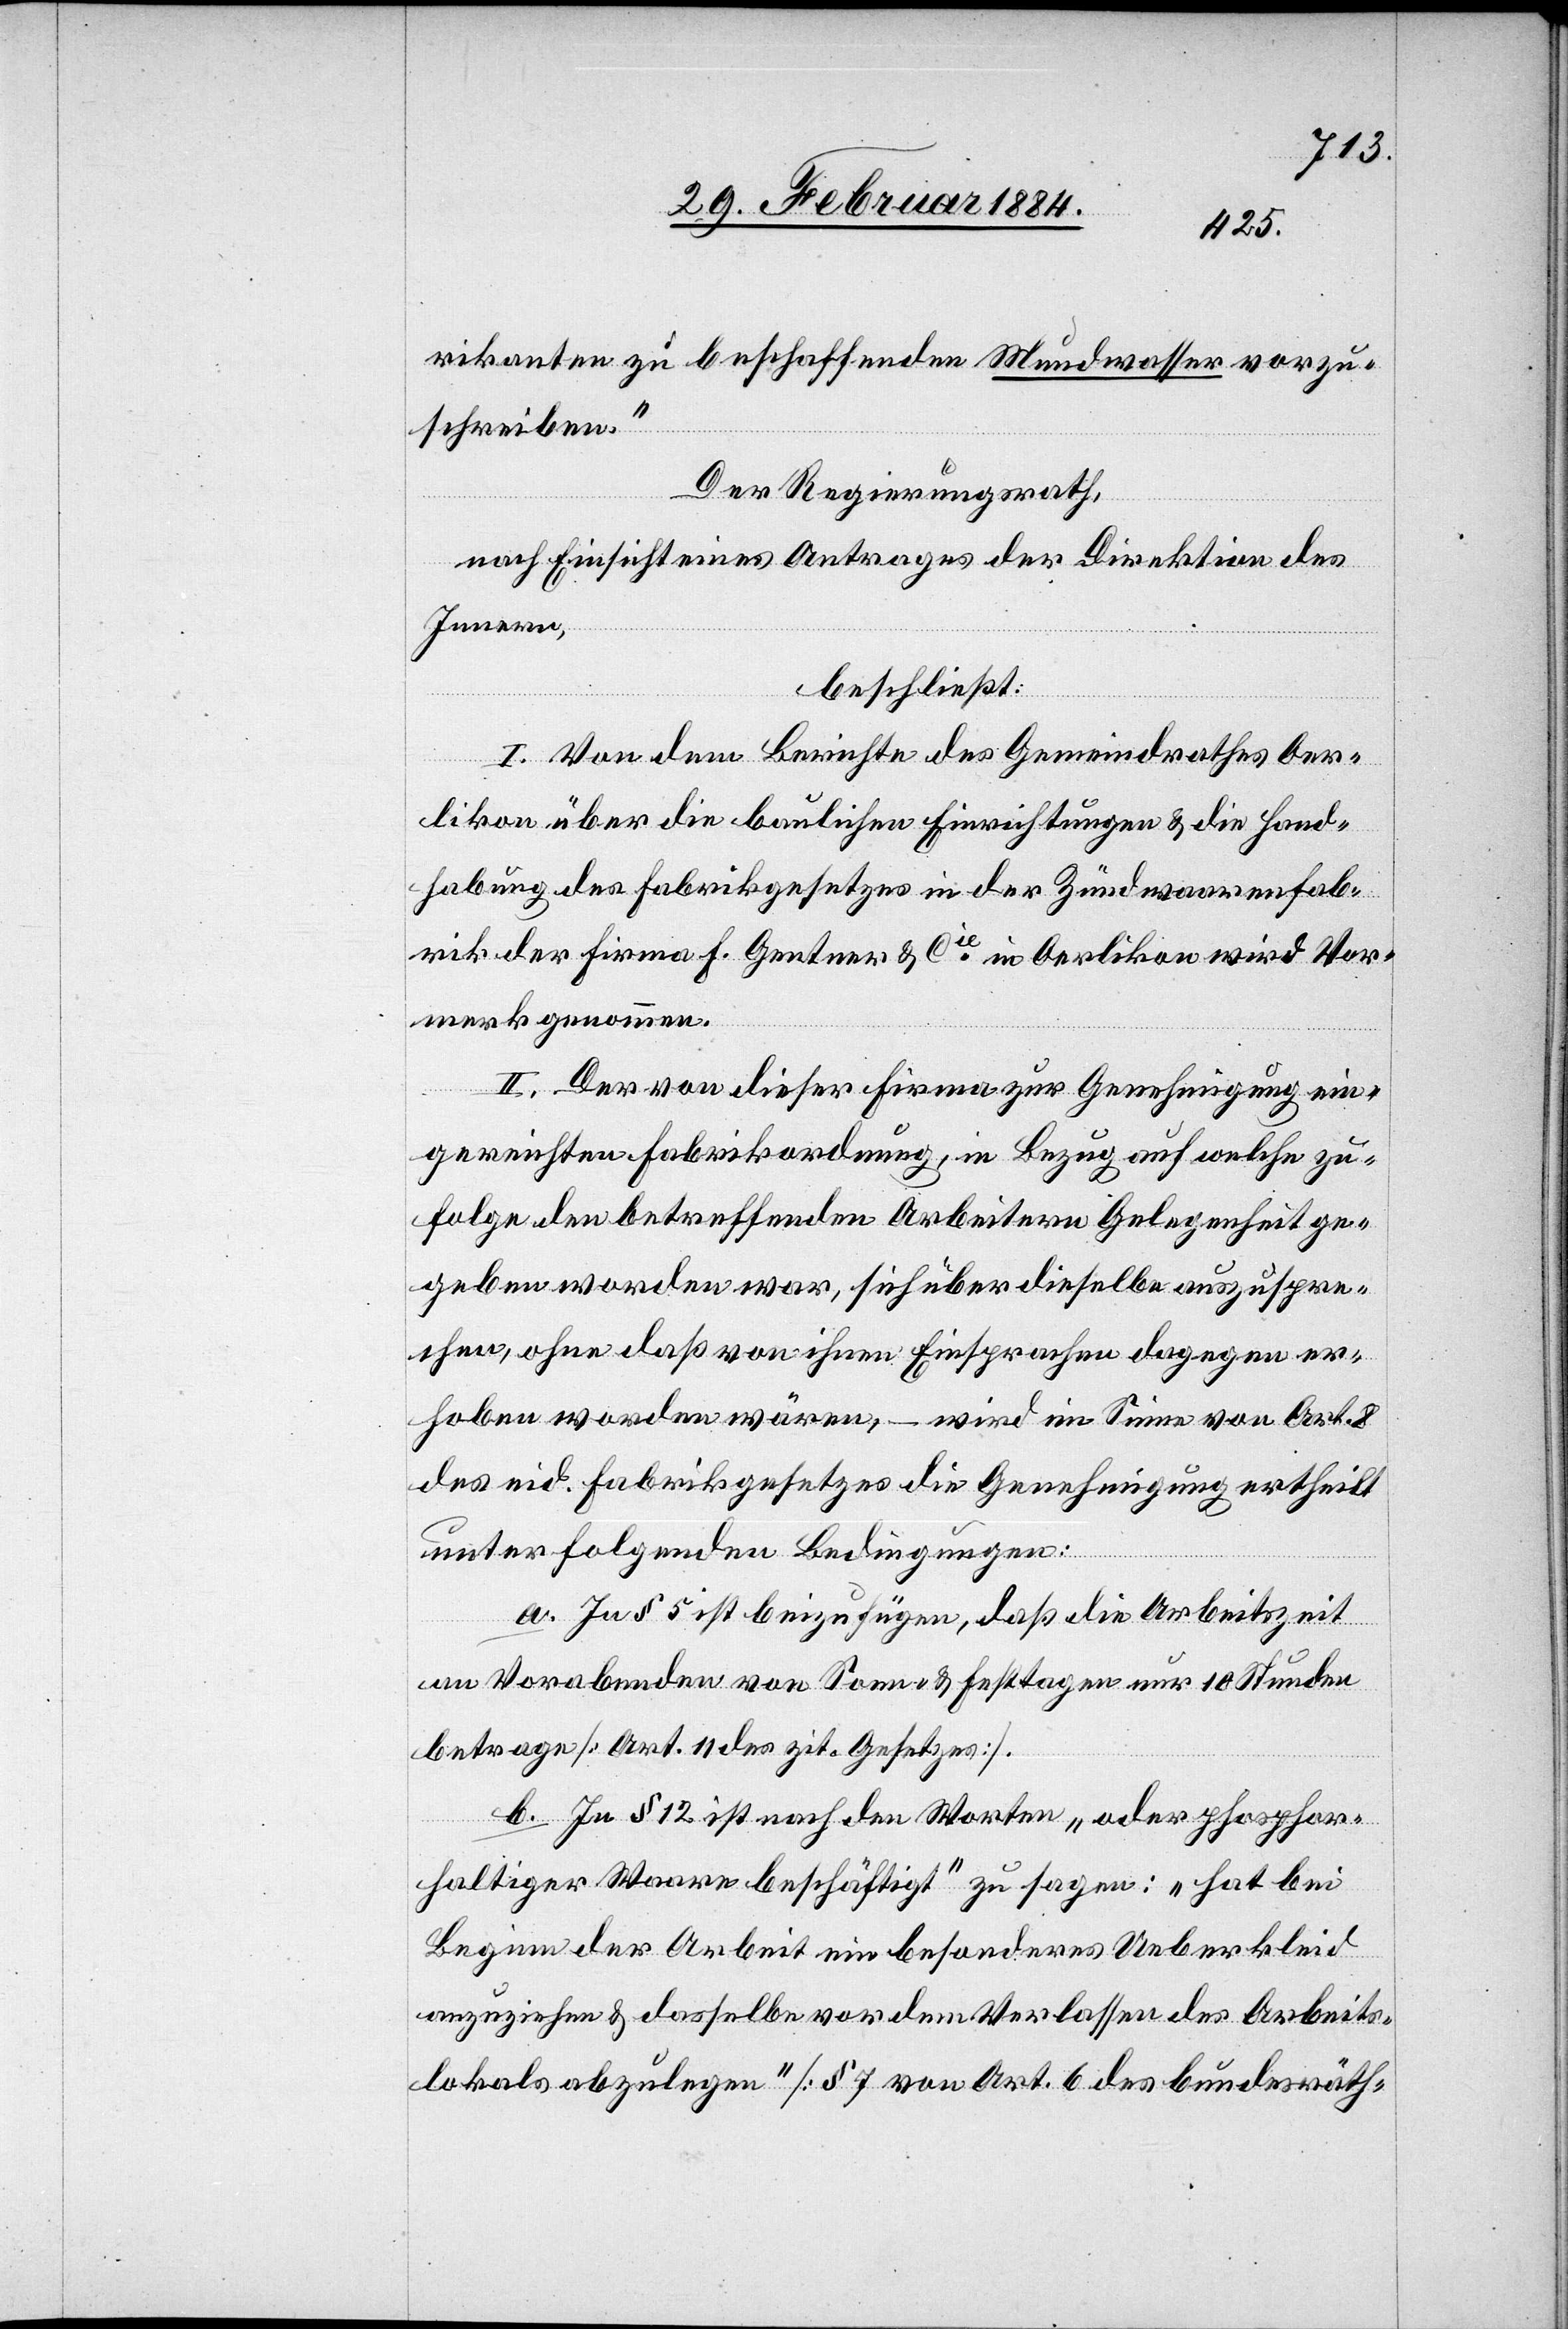
rikanten zu beschaffenden Mundwasser vorzu¬
schreiben.“
Der Regierungsrath,
nach Einsicht eines Antrages der Direktion des
Innern,
beschließt:
I. Von dem Berichte des Gemeindrathes Oer¬
likon über die baulichen Einrichtungen & die Hand¬
habung des Fabrikgesetzes in der Zündwaarenfab¬
rik der Firma F. Gentner & Cie in Oerlikon wird Vor¬
merk genommen.
II. Der von dieser Firma zur Genehmigung ein¬
gereichten Fabrikordnung, in Bezug auf welche zu¬
folge den betreffenden Arbeitern Gelegenheit ge¬
geben worden war, sich über dieselbe auszuspre¬
chen, ohne daß von ihnen Einsprachen dagegen er¬
hoben worden wären, – wird im Sinne von Art. 8
des eid. Fabrikgesetzes die Genehmigung ertheilt
unter folgenden Bedingungen:
a. In § 5 ist beizufügen, daß die Arbeitszeit
an Vorabenden vor Sonn- & Festtagen nur 10 Stunden
betrage [Art. 11 des zit. Gesetzes].
b. In § 12 ist nach den Worten „oder phosphor¬
haltiger Waaren beschäftigt“ zu sagen: „hat bei
Beginn der Arbeit ein besonders Ueberkleid
anzuziehen & dasselbe vor dem Verlassen des Arbeits¬
lokales abzulegen“ [§ 7 von Art. 6 des bundesräth-